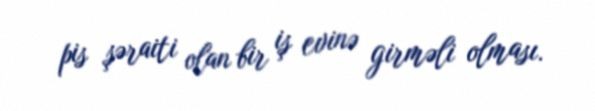
pis şəraiti olan bir iş evinə girməli olması.